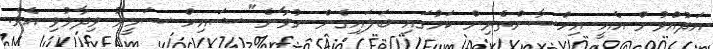
އަދުއްވުން އެއީ އިހްސާންތެރިން ކަމުގައި ބަލައިގެން ނުވާނެ" ޝައިހް ސަމީރު ވިދާޅުވި އެވެ.